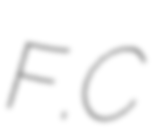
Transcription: F.C